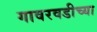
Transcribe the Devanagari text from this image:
गावरवडीच्या